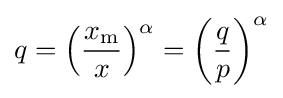
q=\left({\frac {x_{\mathrm {m} }}{x}}\right)^{\alpha }=\left({\frac {q}{p}}\right)^{\alpha }